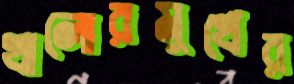
খালোরমুখের